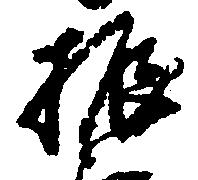
振